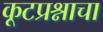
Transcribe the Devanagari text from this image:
कूटप्रश्नाचा